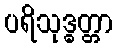
ပရိသုဒ္ဓတ္တာ